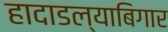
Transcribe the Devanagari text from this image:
हादाडल्याबिगार